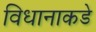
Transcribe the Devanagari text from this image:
विधानाकडे